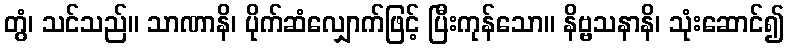
တွံ၊ သင်သည်။ သာဏာနိ၊ ပိုက်ဆံလျှောက်ဖြင့် ပြီးကုန်သော။ နိဗ္ဗသနာနိ၊ သုံးဆောင်၍